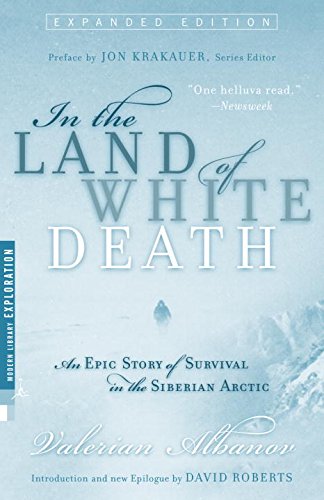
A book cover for In the Land of White Death: An Epic Story of Survival in the Siberian Arctic; Valerian Albanov; History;